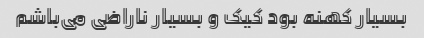
بسیار کهنه بود کیک و بسیار ناراضی می‌باشم